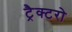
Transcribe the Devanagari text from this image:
ट्रैक्टरो